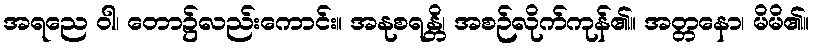
အရညေ ဝါ၊ တော၌လည်းကောင်း။ အနုစရန္တိ၊ အစဉ်လိုက်ကုန်၏။ အတ္တနော၊ မိမိ၏။